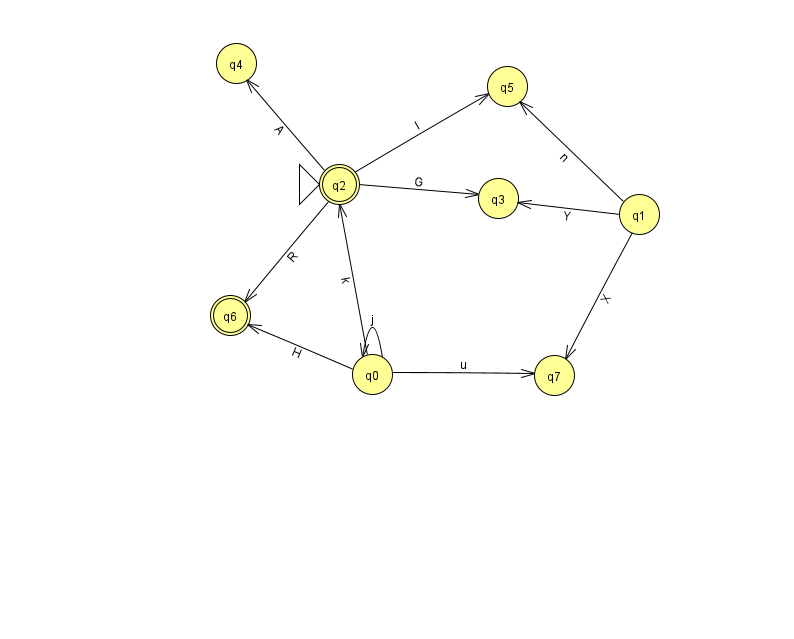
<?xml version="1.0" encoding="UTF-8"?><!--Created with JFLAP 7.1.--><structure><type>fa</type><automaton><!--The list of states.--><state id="0" name="q0"><x>372.0</x><y>361.0</y></state><state id="1" name="q1"><x>639.0</x><y>201.0</y></state><state id="2" name="q2"><x>339.0</x><y>171.0</y><initial/><final/></state><state id="3" name="q3"><x>498.0</x><y>185.0</y></state><state id="4" name="q4"><x>236.0</x><y>50.0</y></state><state id="5" name="q5"><x>507.0</x><y>73.0</y></state><state id="6" name="q6"><x>230.0</x><y>302.0</y><final/></state><state id="7" name="q7"><x>554.0</x><y>362.0</y></state><!--The list of transitions.--><transition><from>1</from><to>7</to><read>X</read></transition><transition><from>2</from><to>3</to><read>G</read></transition><transition><from>0</from><to>6</to><read>H</read></transition><transition><from>0</from><to>7</to><read>u</read></transition><transition><from>0</from><to>0</to><read>j</read></transition><transition><from>2</from><to>5</to><read>I</read></transition><transition><from>1</from><to>3</to><read>Y</read></transition><transition><from>0</from><to>2</to><read>k</read></transition><transition><from>2</from><to>4</to><read>A</read></transition><transition><from>1</from><to>5</to><read>n</read></transition><transition><from>2</from><to>6</to><read>R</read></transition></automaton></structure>